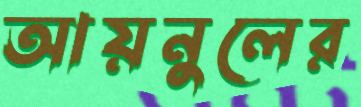
আয়নুলের